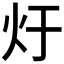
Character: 𮳚